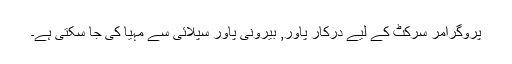
پروگرامر سرکٹ کے لیے درکار پاور, بیرونی پاور سپلائی سے مہیا کی جا سکتی ہے۔